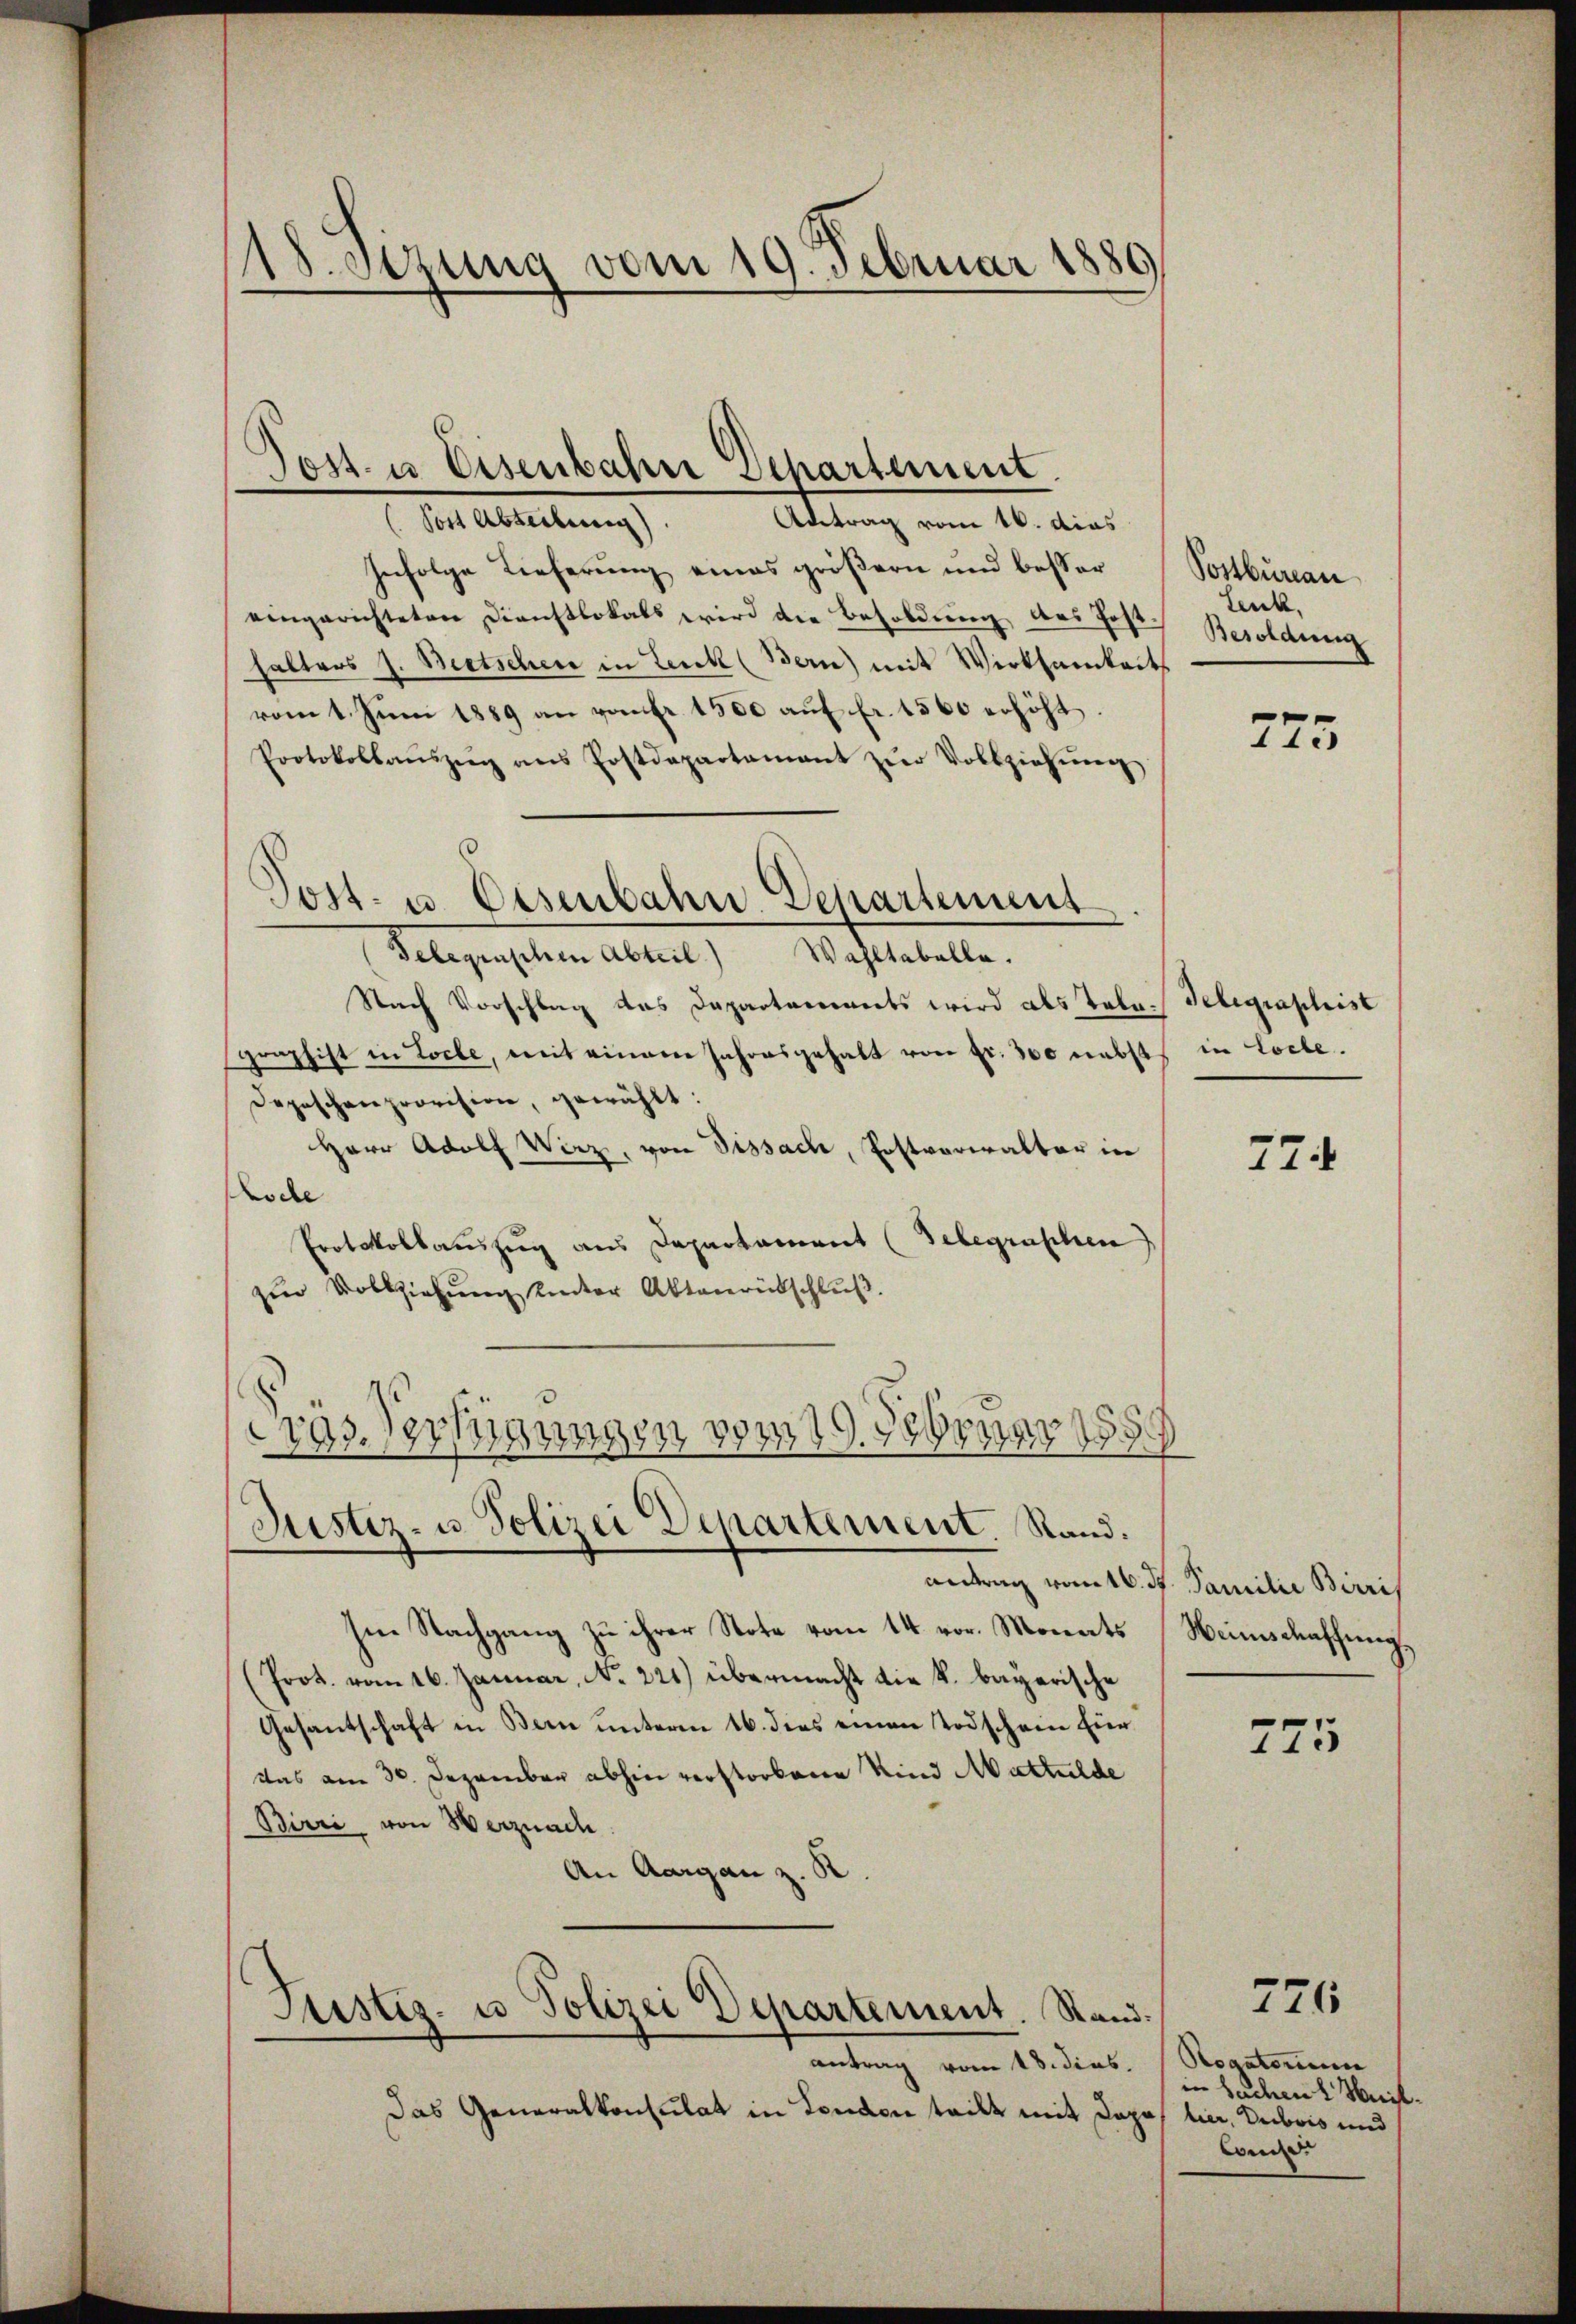
18. Setzung vom 19. Februar 1880

Antrag vom 16. dies
(Post Abteilung).
Infolge Lieferung eines größern und besser
eingerichteten Dienstlokals wird die Besoldung des Post-
halters J. Beetschen in Lenk (Bern) mit Wirksamkeits
vom 1. Juni 1889 an vom Fr. 1500 auf fr. 1560 erhöht.
Protokollaŭszŭg ans Postdepartamant zŭr Vollziehŭng
Gelegenschen Abteil) Wahltabelle.
Nach Vorschlag das Departements wird als Tale Gelegraphist
graphist in Loche, mit einem Jahresgehalt von Fr. 300 nebst in Loche.
Depeschenprovision, gewählt:
Herr Adolf Wirz, von Tissach, Postverwalter in
koche
Protokollauszug aus Departament (Telegraschen
zur Vollziehŭng unter Aktenrütschluß.
l
19.3rnar
Präs. Verfügungen

Joss. in Eisenbahn Departement.

Justiz- u. Polizei Departement. Rand.

Post- u. Eisenbahn. Departement

antrag vom 18. dies
Das Generalkonsulat in London teilt mit Japas lier, Dubois und

anderen vom 16. ds. Familie Birris
Im Nachgang zu ihrer Note vom 14. vor. Monats
(Prot. vom 16. Januar, No. 221) übermacht die k. bayerische
Gesantschaft in Bern unterm 16. dies einen Todschein hier
Das am 30. Dezember abhin verstorbene Kind Mattulde
Birri von Werznach
An Aargau z. B

Justiz- u Polizei Departement. Stand:

Postbureau
Lenk,
Besoldung

775

774

Weinschaffung,

775

776

Rogatorium
in Sachen Heilwed.